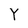
Character: Y